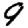
Digit: 9